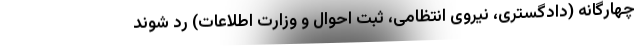
چهارگانه (دادگستری، نیروی انتظامی، ثبت احوال و وزارت اطلاعات) رد شوند